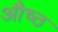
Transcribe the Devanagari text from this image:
औष्ठ